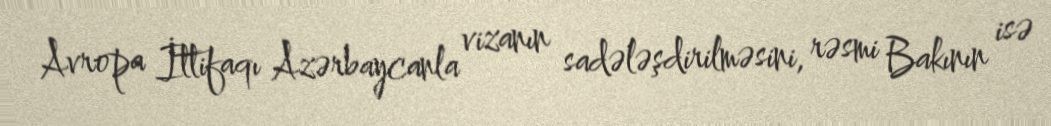
Avropa İttifaqı Azərbaycanla vizanın sadələşdirilməsini, rəsmi Bakının isə